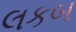
લકબ